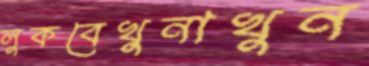
লুকবেখুনাখুন